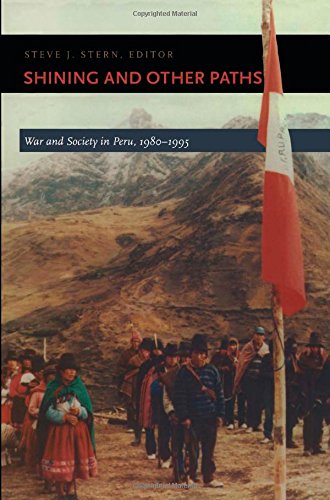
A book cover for Shining and Other Paths: War and Society in Peru, 1980-1995 (Latin America Otherwise); Gay & Lesbian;